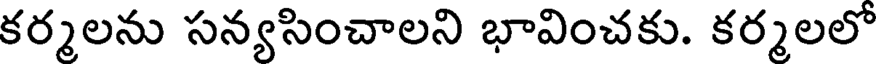
కర్మలను సన్యసించాలని భావించకు. కర్మలలో